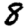
Digit: 8